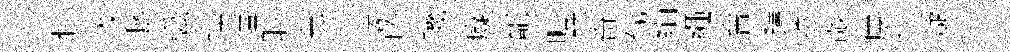
壯圾潺弧換漂聆夸阡凄藤璣癡寵曠鉢奇视絹繩會躊拉敲㢘件疑